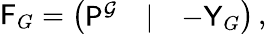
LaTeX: \begin{array}{r}{\mathsf{F}_{G}=\left(\begin{array}{lll}{\mathsf{P}^{\mathcal{G}}}&{|}&{-\mathsf{Y}_{G}}\end{array}\right)\, ,}\end{array}